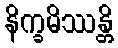
နိက္ခမိဿန္တိ